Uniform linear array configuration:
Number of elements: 24
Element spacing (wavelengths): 0.75
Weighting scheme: hann
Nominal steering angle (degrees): -45
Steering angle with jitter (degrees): -46.233
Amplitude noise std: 0.05
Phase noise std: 0.05

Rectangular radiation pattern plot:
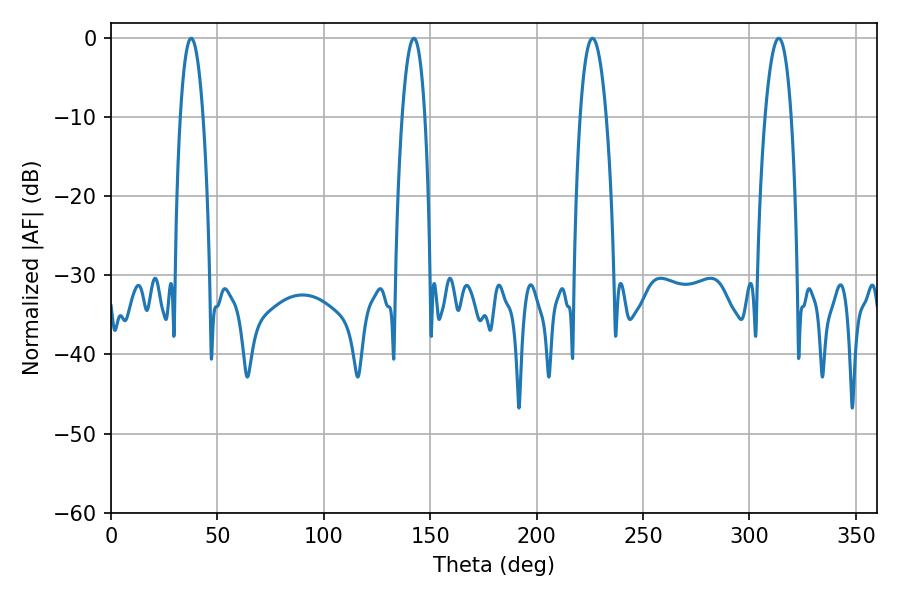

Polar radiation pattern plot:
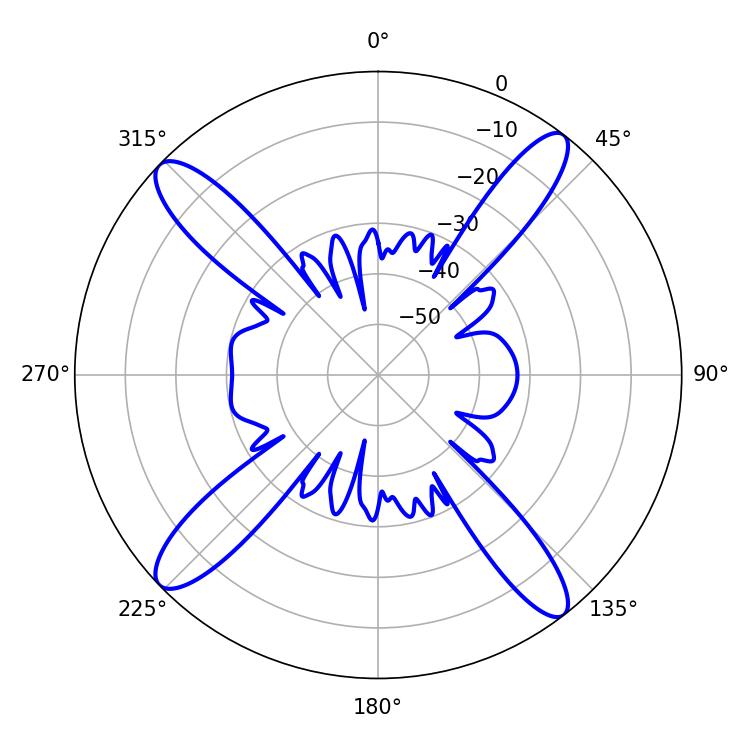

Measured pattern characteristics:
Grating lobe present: TRUE
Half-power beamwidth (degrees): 6.84
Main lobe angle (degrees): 226.26